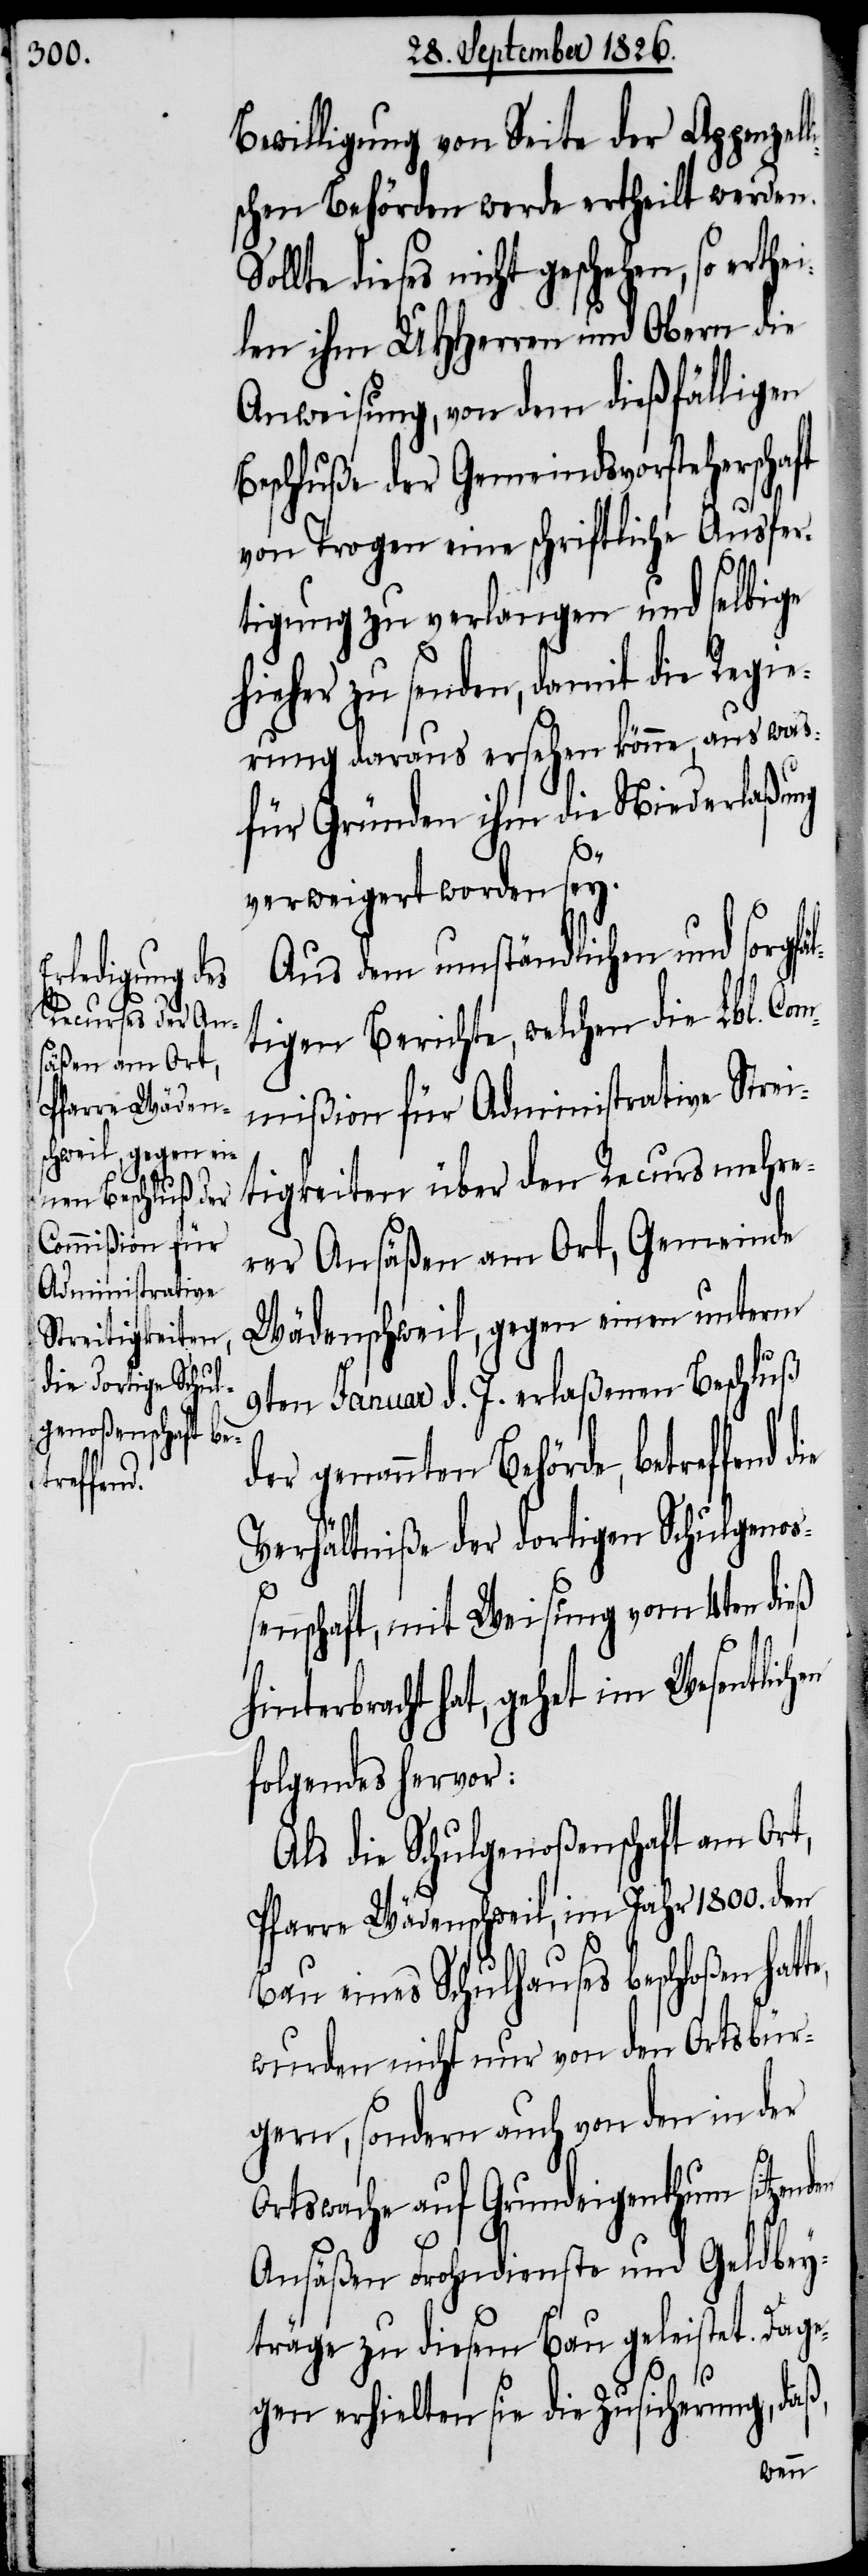
Bewilligung von Seite der Appenzel¬
schen Behörden werde ertheilt werden.
lte dieses nicht geschehen, so er¬
len ihm MHHerren und Obern die
Anweisung, von dem dießfälligen
Beschluße der Gemeindsvorsteherschaft
von Trogen eine schriftliche Ausfer¬
tigung zu verlangen und selbige
hieher zu senden, damit die Regie¬
rung daraus ersehen könne, aus was
für Gründen ihm die Niederlaßung
verweigert worden sey.
Aus dem umständlichen und sorgfäl¬
tigen Berichte, welchen die Lbl. Com¬
mißion für Administrative Strei¬
tigkeiten über den Recurs mehre¬
rer Ansäßen am Ort, Gemeinde
Wädenschweil, gegen einen unterm
9ten Januar d. J. erlaßenen Beschluß
der genannten Behörde, betreffend
Verhältniße der dortigen Schulgeno¬
ßenschaft, mit Weisung vom 4ten dieß
erbracht hat, gehet im Wesentlic¬
folgendes hervor:
Als die Schulgenoßenschaft am Ort,
Pfarre Wädenschweil, im Jahr 1800. den
Bau eines Schulhauses beschloßen hat¬
wurden nicht nur von den Ortsbür¬
gern, sondern auch von den in der
te,
Ortswache auf Grundeigenthum
Ansäßen Frohndienste und Geldbey¬
träge zu diesem Bau geleistet. Dage¬
gen erhielten sie die Zusicherung, daß,
hen